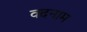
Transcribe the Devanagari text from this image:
वदनाम